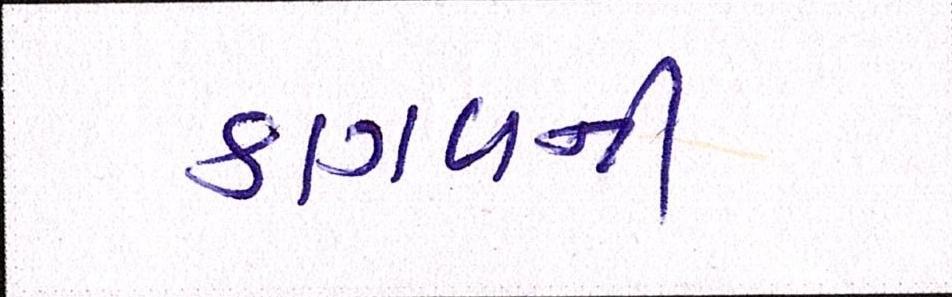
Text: કાગળની